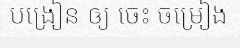
បង្រៀន ឲ្យ ចេះ ចម្រៀង